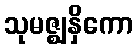
သုမဇ္ဈနှိကော